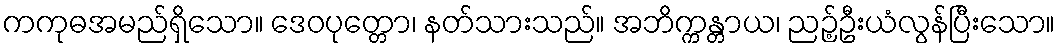
ကကုဓအမည်ရှိသော။ ဒေဝပုတ္တော၊ နတ်သားသည်။ အဘိက္ကန္တာယ၊ ညဉ့်ဦးယံလွန်ပြီးသော။